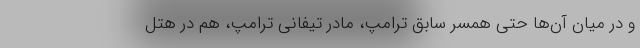
و در میان آن‌ها حتی همسر سابق ترامپ، مادر تیفانی ترامپ، هم در هتل